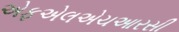
એફએલએચઆરસી